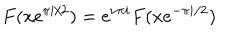
F ( x e ^ { \pi i / 2 } ) = e ^ { \nu \pi i } F ( x e ^ { - \pi i / 2 } )